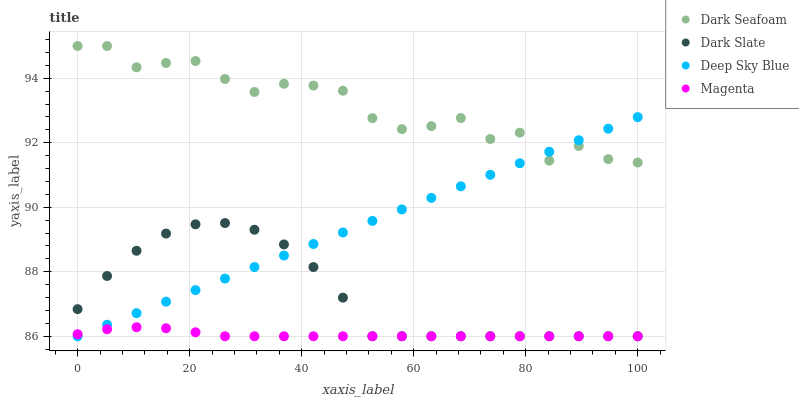
| xaxis_label | Dark Seafoam | Dark Slate | Deep Sky Blue | Magenta |
 | --- | --- | --- | --- | --- |
 | 0 | 95 | 86.8 | 86 | 86.1 |
 | 5.26 | 95 | 87.9 | 86.4 | 86.2 |
 | 10.5 | 94.3 | 88.7 | 86.7 | 86.3 |
 | 15.8 | 94.5 | 89.2 | 87.1 | 86.2 |
 | 21.1 | 94.5 | 89.5 | 87.4 | 86.1 |
 | 26.3 | 94 | 89.5 | 87.8 | 86 |
 | 31.6 | 93.6 | 89.3 | 88.1 | 86 |
 | 36.8 | 93.8 | 88.8 | 88.5 | 86 |
 | 42.1 | 93.8 | 88.1 | 88.9 | 86 |
 | 47.4 | 93.6 | 87.2 | 89.2 | 86 |
 | 52.6 | 92.8 | 86 | 89.6 | 86 |
 | 57.9 | 92.4 | 86 | 89.9 | 86 |
 | 63.2 | 92.5 | 86 | 90.3 | 86 |
 | 68.4 | 92.8 | 86 | 90.6 | 86 |
 | 73.7 | 92.1 | 86 | 91 | 86 |
 | 78.9 | 92.3 | 86 | 91.4 | 86 |
 | 84.2 | 91.4 | 86 | 91.7 | 86 |
 | 89.5 | 91.9 | 86 | 92.1 | 86 |
 | 94.7 | 91.5 | 86 | 92.4 | 86 |
 | 100 | 91.4 | 86 | 92.8 | 86 |